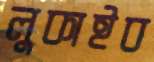
লুকাইব